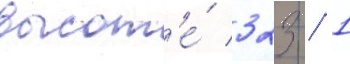
высот'е́ 323 / 1